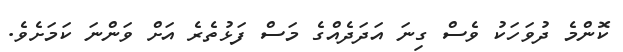
ކޮންމެ ދުވަހަކު ވެސް ގިނަ އަދަދެއްގެ މަސް ފަޅުތެރެ އަށް ވަންނަ ކަމަށެވެ.